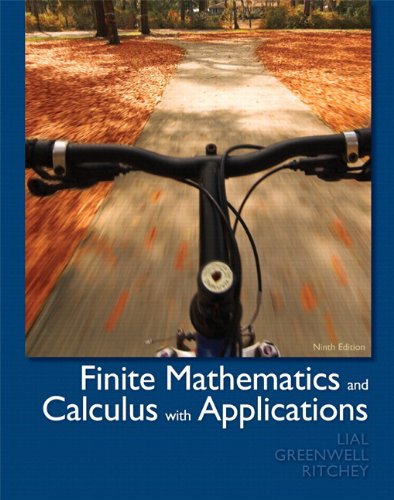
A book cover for Finite Mathematics and Calculus with Applications plus MyMathLab/MyStatLab -- Access Card Package (9th Edition); Margaret L. Lial; Business & Money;